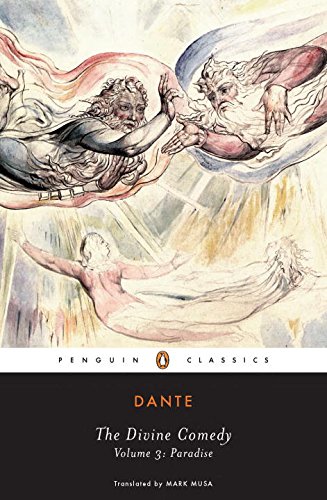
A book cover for The Divine Comedy, Vol. 3: Paradise; Dante Alighieri; Literature & Fiction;